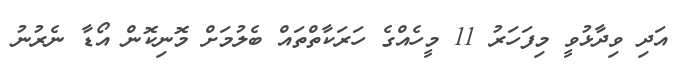
އަދި ވިދާޅުވީ މިފަހަރު 11 މީހެއްގެ ހަރަކާތްތައް ބެލުމަށް މޮނިކޮން އޯޑާ ނެރުނު